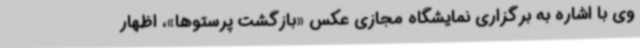
وی با اشاره به برگزاری نمایشگاه مجازی عکس «بازگشت پرستوها»، اظهار